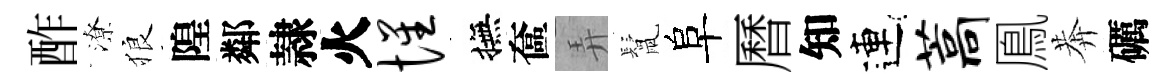
酢潦狼隍鄰隷火惺撫奩弄鬛阜曆知連藁鳯莾礪